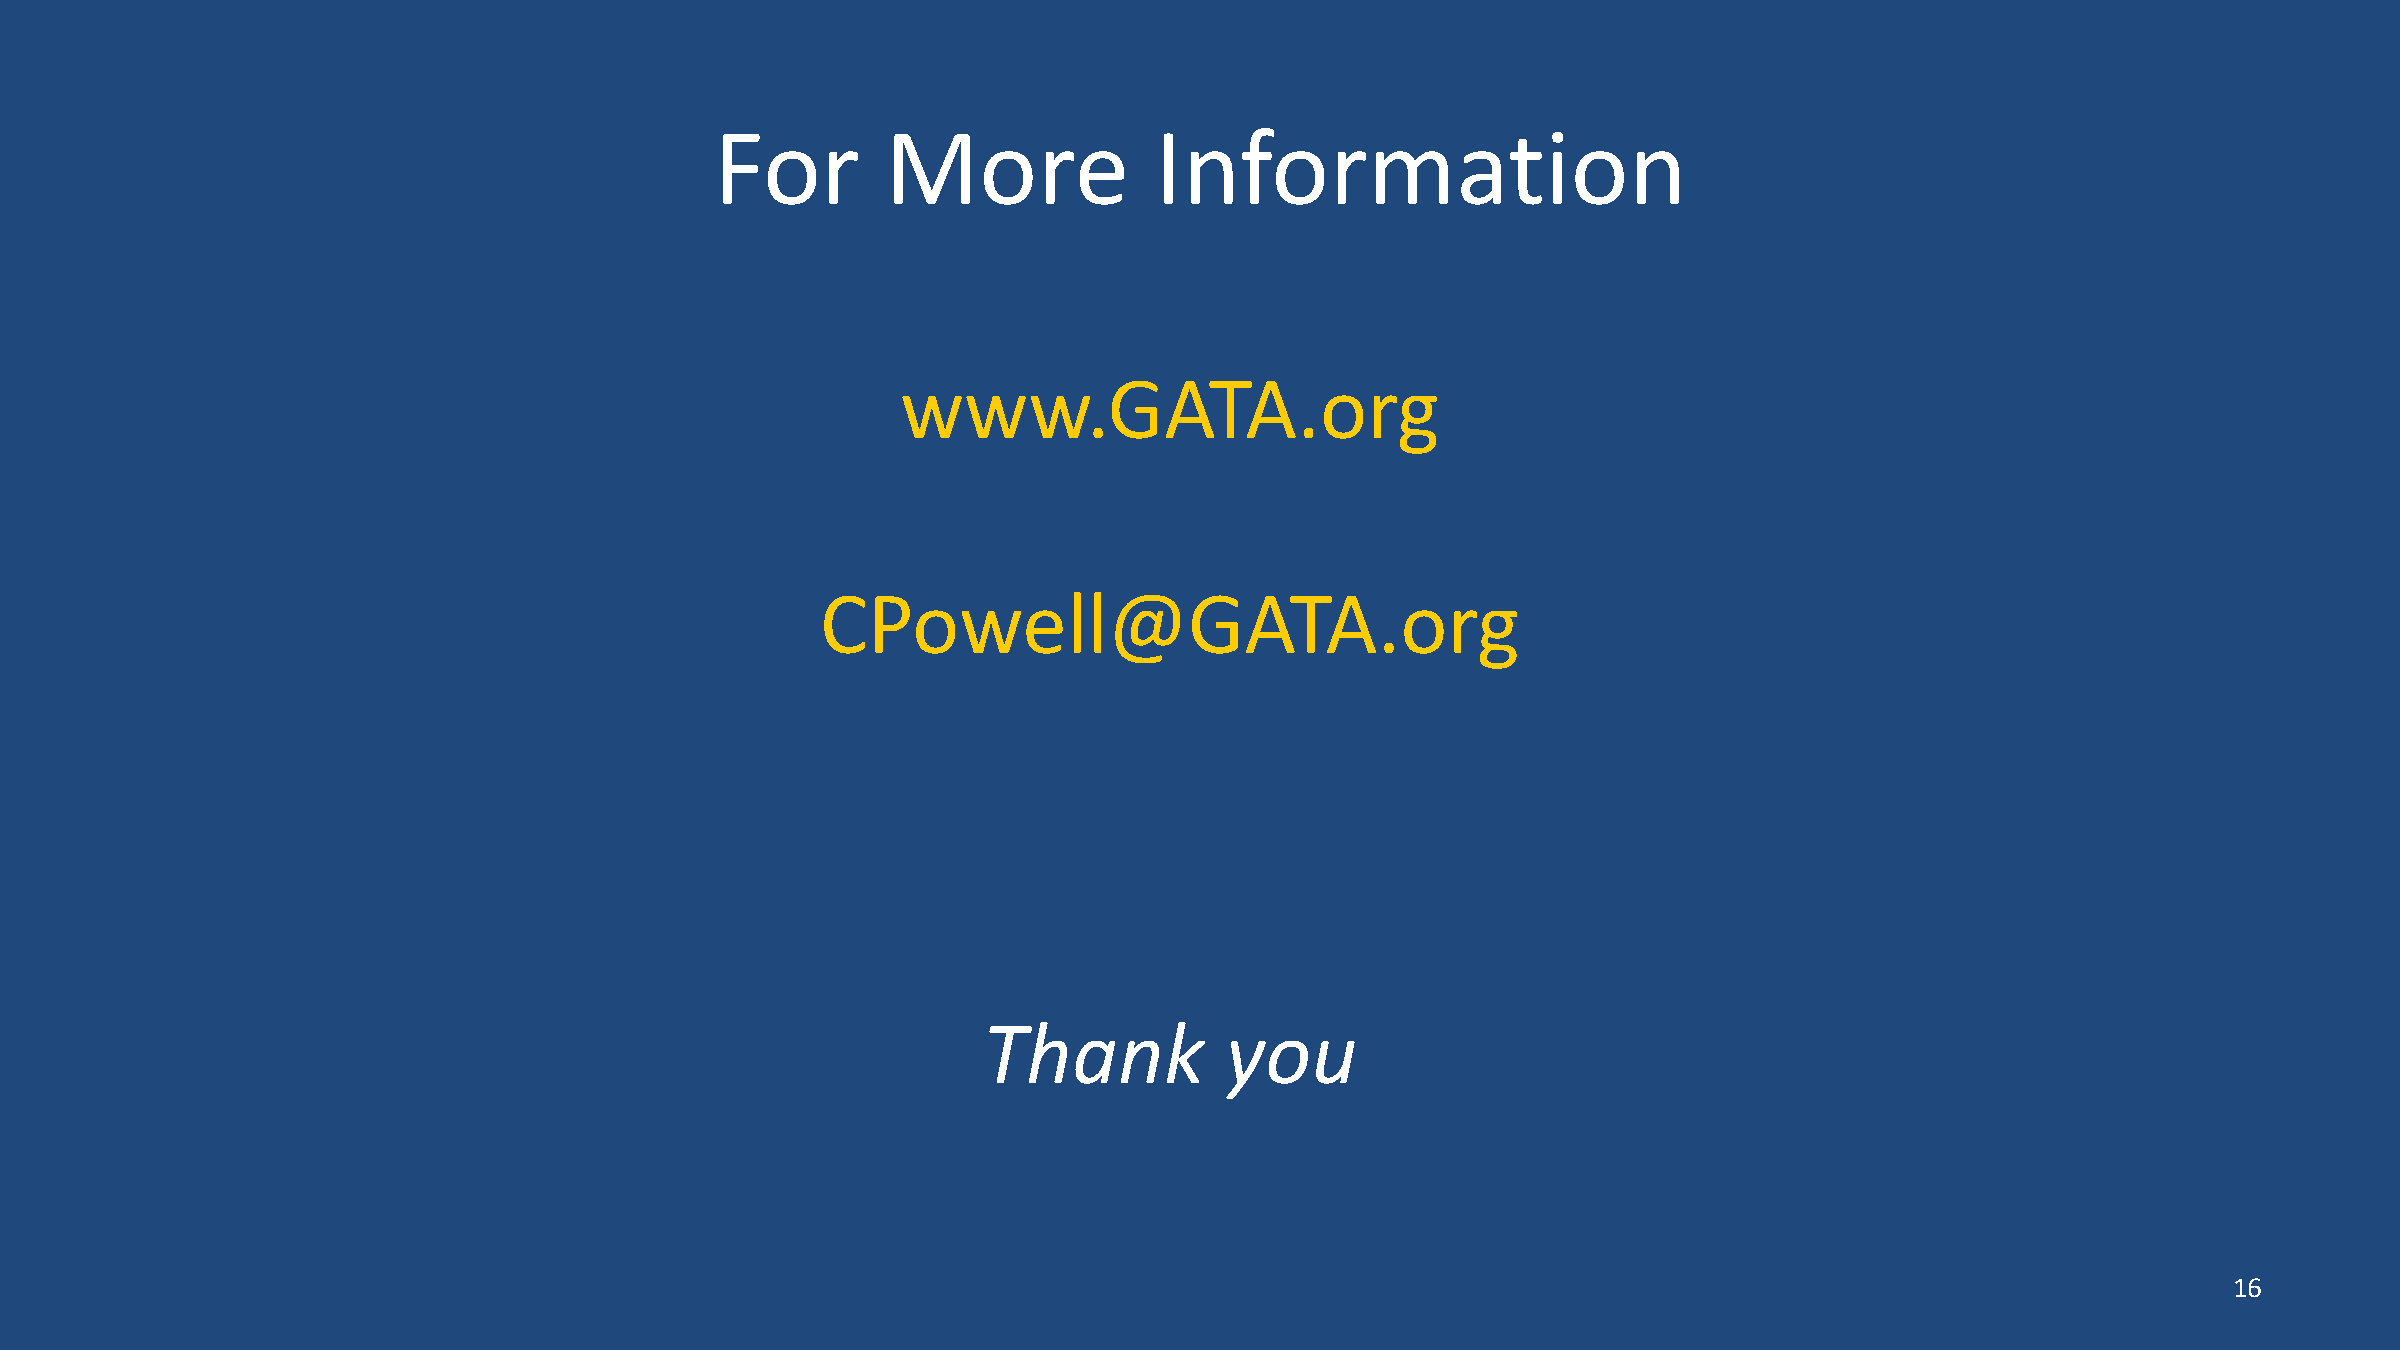
For         More             Information
 www.GATA.org
 CPowell@GATA.org
 Thank           you
 16